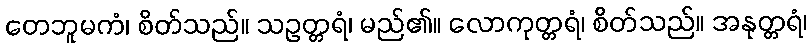
တေဘူမကံ၊ စိတ်သည်။ သဥတ္တရံ၊ မည်၏။ လောကုတ္တရံ၊ စိတ်သည်။ အနုတ္တရံ၊